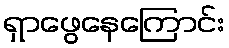
ရှာဖွေနေကြောင်း